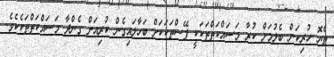
ތެޔޮ ހުރިކަން ބެލުމަށް ކުރާ މަސައްކަތްތަކަކީ ފޭސްތަކަކަށް ބަހާލައިގެން ކުރިއަށް ގެންދާ މަސައްކަތްތަކެކެވެ.